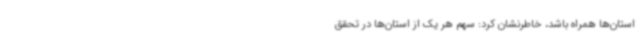
استان‌ها همراه باشد، خاطرنشان کرد: سهم هر یک از استان‌ها در تحقق